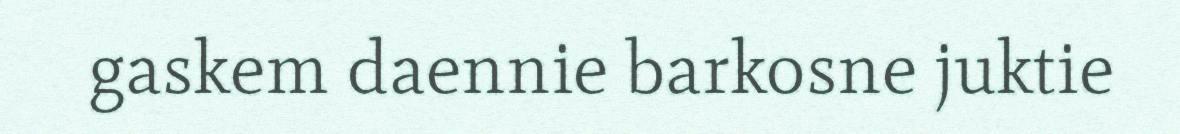
gaskem daennie barkosne juktie